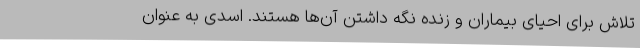
تلاش برای احیای بیماران و زنده نگه داشتن آن‌ها هستند. اسدی به عنوان